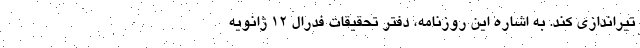
تیراندازی کند. به اشاره این روزنامه، دفتر تحقیقات فدرال 12 ژانویه